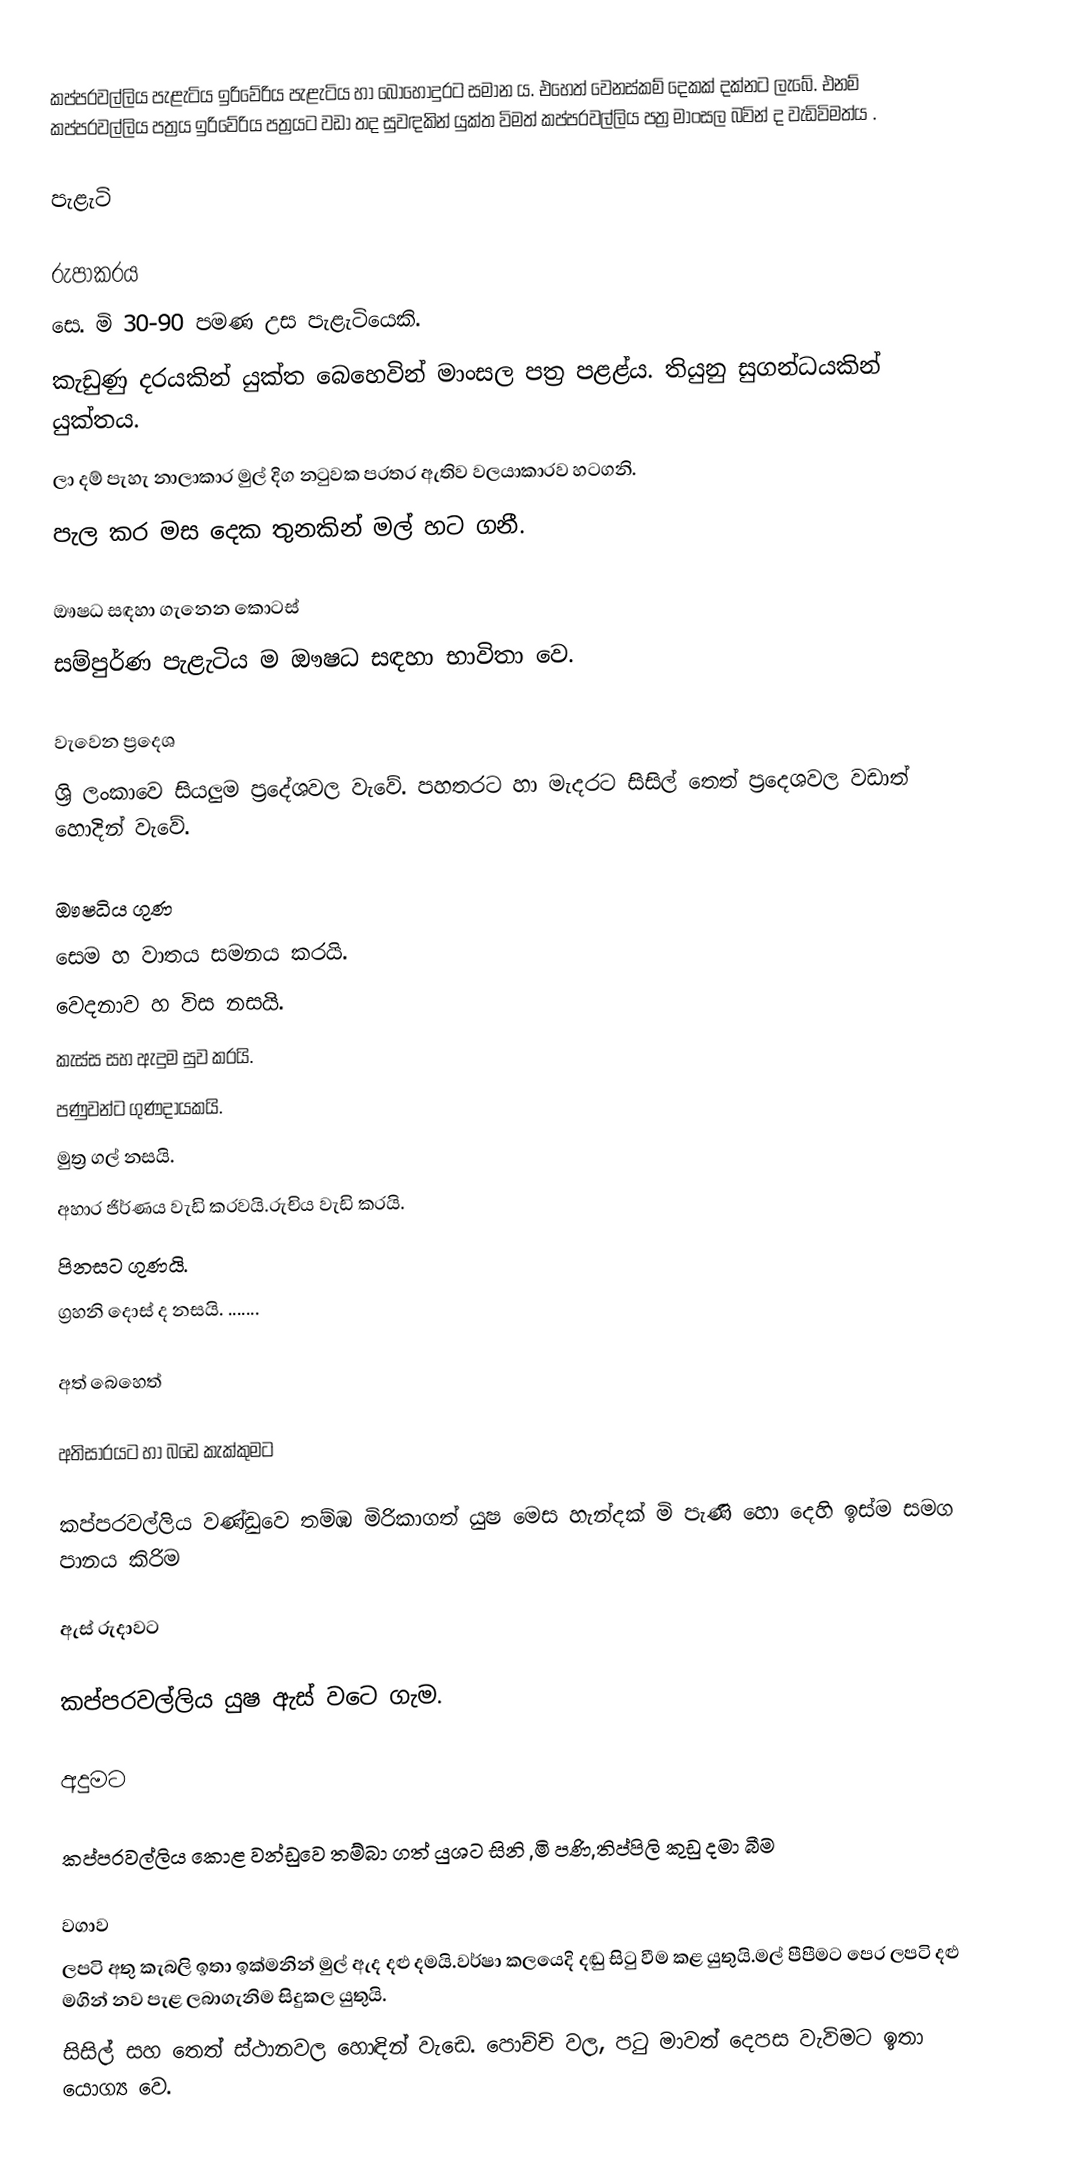
කප්පරවල්ලිය පැළැටිය ඉරිවේරිය පැළැටිය හා බොහොදුරට සමාන ය. එහෙත් වෙනස්කම් දෙකක් දක්නට ලැබේ. එනම් කප්පරවල්ලිය පත්‍රය ඉරිවේරිය පත්‍රයට වඩා තද සුවඳකින් යුක්ත විමත් කප්පරවල්ලිය පත්‍ර මාංසල බවින් ද වැඩිවිමත්ය  .

පැළැටි

රුපාකරය
සෙ. මි 30-90 පමණ උස පැළැටියෙකි.
කැඩුණු දරයකින් යුක්ත බෙහෙවින් මාංසල පත්‍ර පළළ්ය. තියුනු සුගන්ධයකින් යුක්තය.
ලා දම් පැහැ නාලාකාර මුල් දිග නටුවක පරතර ඇතිව වලයාකාරව හටගනි.
පැල කර මස දෙක තුනකින් මල් හට ගනී.

ඖෂධ සඳහා ගැනෙන කොටස්
සම්පුර්ණ පැළැටිය ම ඖෂධ සඳහා භාවිතා වෙ.

වැවෙන ප්‍රදෙශ
ශ්‍රි ලංකාවෙ සියලුම ප්‍රදේශවල වැවේ. පහතරට හා මැදරට සිසිල් තෙත් ප්‍රදෙශවල වඩාත් හොදින් වැවේ.

ඖෂධිය ගුණ
සෙම හ වාතය සමනය කරයි.
වෙදනාව හ විස නසයි.
කැස්ස සහ ඇදුම සුව කරයි.
 පණුවන්ට ගුණදායකයි.
 මුත්‍ර ගල් නසයි.
අහාර ජිර්ණය වැඩි කරවයි.රුචිය  වැඩි කරයි.
පිනසට ගුණයි.
ග්‍රහනි දොස් ද නසයි. .......

අත් බෙහෙත්

අතිසාරයට හා බඩෙ කැක්කුමට

කප්පරවල්ලිය වණ්ඩුවෙ තම්ඹ මිරිකාගත් යුෂ මෙස හැන්දක් මි පැණි හො දෙහි ඉස්ම සමග පානය කිරිම

ඇස් රුදාවට

කප්පරවල්ලිය යුෂ ඇස් වටෙ ගැම.

අදුමට

කප්පරවල්ලිය කොළ වන්ඩුවෙ තම්බා ගත් යුශට සිනි ,මි පණි,තිප්පිලි කුඩු දමා බීම

වගාව
ලපටි  අතු කැබලි ඉතා ඉක්මනින් මුල් ඇද දළු දමයි.වර්ෂා කලයෙදි දඬු සිටු වීම කළ යුතුයි.මල් පීපීමට පෙර ලපටි දළු මගින් නව පැළ ලබාගැනිම සිදුකල යුතුයි.
සිසිල් සහ තෙත් ස්ථානවල හොඳින් වැඩෙ. පොච්චි වල, පටු මාවත් දෙපස වැවිමට ඉතා යොග්‍ය වෙ.